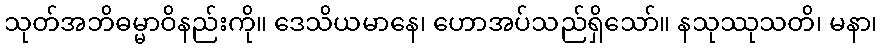
သုတ်အဘိဓမ္မာဝိနည်းကို။ ဒေသိယမာနေ၊ ဟောအပ်သည်ရှိသော်။ နသုဿုသတိ၊ မနာ၊